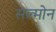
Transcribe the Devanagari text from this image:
सल्मोन